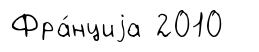
Фра́нциjа 2010